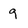
Character: 9